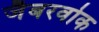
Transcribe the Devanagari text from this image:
जैबरवोक